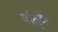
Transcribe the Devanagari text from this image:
यांतुदेव